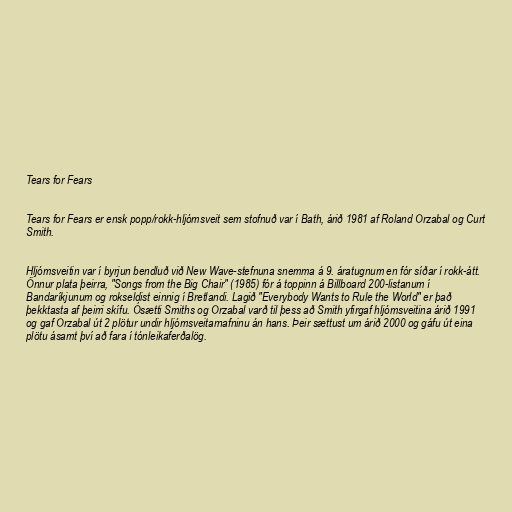
Tears for Fears

Tears for Fears er ensk popp/rokk-hljómsveit sem stofnuð var í Bath, árið 1981 af Roland Orzabal og Curt
Smith.

Hljómsveitin var í byrjun bendluð við New Wave-stefnuna snemma á 9. áratugnum en fór síðar í rokk-átt.
Önnur plata þeirra, "Songs from the Big Chair" (1985) fór á toppinn á Billboard 200-listanum í
Bandaríkjunum og rokseldist einnig í Bretlandi. Lagið "Everybody Wants to Rule the World" er það
þekktasta af þeirri skífu. Ósætti Smiths og Orzabal varð til þess að Smith yfirgaf hljómsveitina árið 1991
og gaf Orzabal út 2 plötur undir hljómsveitarnafninu án hans. Þeir sættust um árið 2000 og gáfu út eina
plötu ásamt því að fara í tónleikaferðalög.